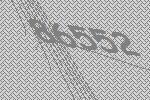
86552